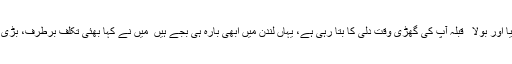
جب میں شکایت زبان پر لایا تو وہ مردِ مہربان پھر سے مسکرایا اور بولا ٰ ٰ قبلہ آپ کی گھڑی وقت دلی کا بتا رہی ہے، یہاں لندن میں ابھی بارہ ہی بجے ہیںٰ ٰ میں نے کہا بھئی تکلّف برطرف، بڑی طلب ہو رہی ہے، پہلے کچھ بندوبست پینے پلانے کا ہو جائےٰ ٰ۔